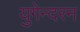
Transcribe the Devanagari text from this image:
युगेन्दरन